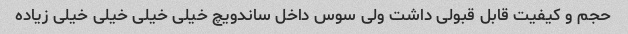
حجم و کیفیت قابل قبولی داشت ولی سوس داخل ساندویچ خیلی خیلی خیلی خیلی زیاده